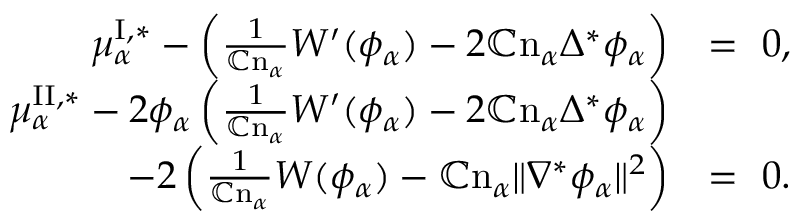
\begin{array} { r l } { \mu _ { \alpha } ^ { \mathrm { I } , * } - \left( \frac { 1 } { \mathbb { C } \mathrm { n } _ { \alpha } } W ^ { \prime } ( \phi _ { \alpha } ) - 2 \mathbb { C } \mathrm { n } _ { \alpha } \Delta ^ { * } \phi _ { \alpha } \right) } & { = ~ 0 , } \\ { \mu _ { \alpha } ^ { \mathrm { I I } , * } - 2 \phi _ { \alpha } \left( \frac { 1 } { \mathbb { C } \mathrm { n } _ { \alpha } } W ^ { \prime } ( \phi _ { \alpha } ) - 2 \mathbb { C } \mathrm { n } _ { \alpha } \Delta ^ { * } \phi _ { \alpha } \right) } & { } \\ { - 2 \left( \frac { 1 } { \mathbb { C } \mathrm { n } _ { \alpha } } W ( \phi _ { \alpha } ) - \mathbb { C } \mathrm { n } _ { \alpha } \| \nabla ^ { * } \phi _ { \alpha } \| ^ { 2 } \right) } & { = ~ 0 . } \end{array}